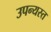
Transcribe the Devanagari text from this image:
उपन्यस्त